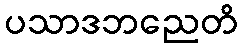
ပသာဒဘညေတိ